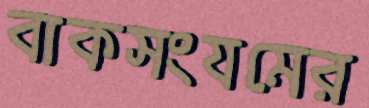
বাকসংযমের